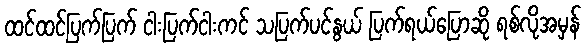
ထင်ထင်ပြက်ပြက် ငါးပြက်ငါးကင် သပြက်ပင်နွယ် ပြက်ရယ်ပြောဆို ရစ်လိုအမှန်